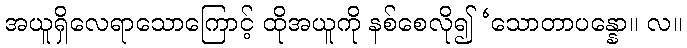
အယူရှိလေရာသောကြောင့် ထိုအယူကို နစ်စေလို၍ ‘သောတာပန္နော။ လ။